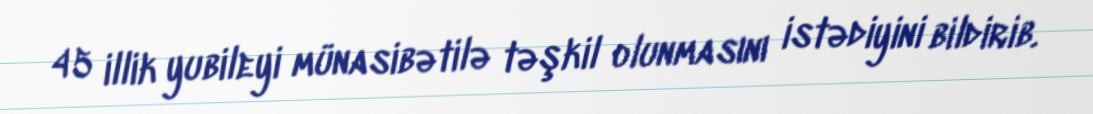
45 illik yubileyi münasibətilə təşkil olunmasını istədiyini bildirib.